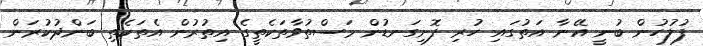
ފުލުހުން ބުނީ އޭނާ އަތުގައި ހުރި ފޮށިގަނޑުން މަސްތުވާތަކެތީގެ އިތުރުން އެތަކެތި ބަންދުކުރަން